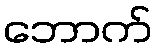
ဘောက်